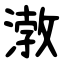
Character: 㴾